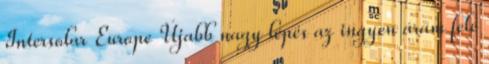
Intersolar Europe Újabb nagy lépés az ingyen áram felé